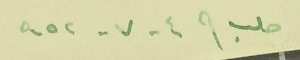
حلب فى  ٤  - ٧ - ٩٥٢